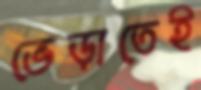
ভেড়াতেই